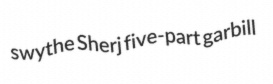
swythe Sherj five-part garbill